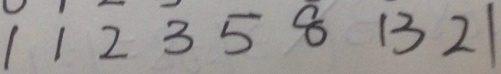
1 1 2 3 5 8 1 3 2 1